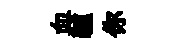
血驢你